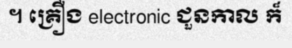
។ គ្រឿង electronic ជួនកាល ក៏